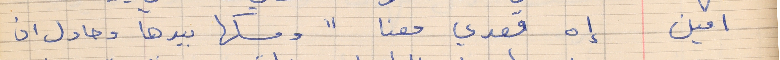
امين     إه قعدي معنا "ومسكها بيدها وحاول ان